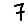
Digit: 7